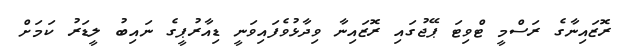
ރޮޒައިނާގެ ރަސްމީ ޓްވިޓަ ޕޭޖުގައި ރޮޒައިނާ ވިދާޅުވެފައިވަނީ ޑިއާރުޕީގެ ނައިބު ލީޑަރު ކަމަށް